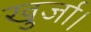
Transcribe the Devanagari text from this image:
खुर्जा।